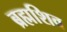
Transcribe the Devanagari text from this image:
ब्रह्मशिव